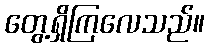
တွေ့ရှိကြလေသည်။